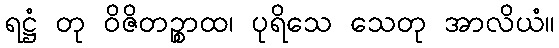
ရဋ္ဌံ တု ဝိဇိတဉ္စာထ၊ ပုရိသေ သေတု အာလိယံ။